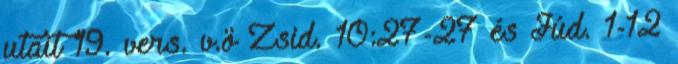
utait 19. vers. v.ö Zsid. 10:27-27 és Júd. 1-12